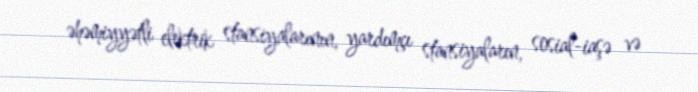
əhəmiyyətli elektrik stansiyalarının, yardımçı stansiyaların, sosial-iaşə və